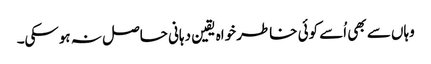
وہاں سے بھی اُسے کوئی خاطر خواہ یقین دہانی حاصل نہ ہوسکی۔